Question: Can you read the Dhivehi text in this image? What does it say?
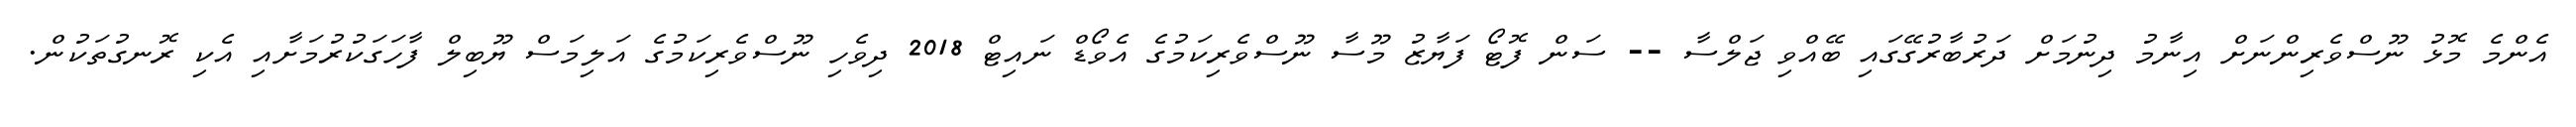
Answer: އެންމެ މޮޅު ނޫސްވެރިންނަށް އިނާމު ދިނުމަށް ދަރުބާރުގޭގައި ބޭއްވި ޖަލްސާ -- ސަން ފޮޓޯ ފަޔާޒު މޫސާ ނޫސްވެރިކަމުގެ އެވޯޑް ނައިޓް 2018 ދިވެހި ނޫސްވެރިކަމުގެ އަލިމަސް ޔޫބިލް ފާހަގަކުރުމަށާއި އެކި ރޮނގުތަކުން.